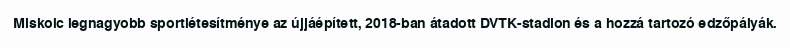
Miskolc legnagyobb sportlétesítménye az újjáépített, 2018-ban átadott DVTK-stadion és a hozzá tartozó edzőpályák.